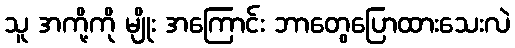
သူ အကို့ကို မျိုး အကြောင်း ဘာတွေပြောထားသေးလဲ